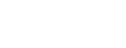
လုပ်ခြင်းသည်